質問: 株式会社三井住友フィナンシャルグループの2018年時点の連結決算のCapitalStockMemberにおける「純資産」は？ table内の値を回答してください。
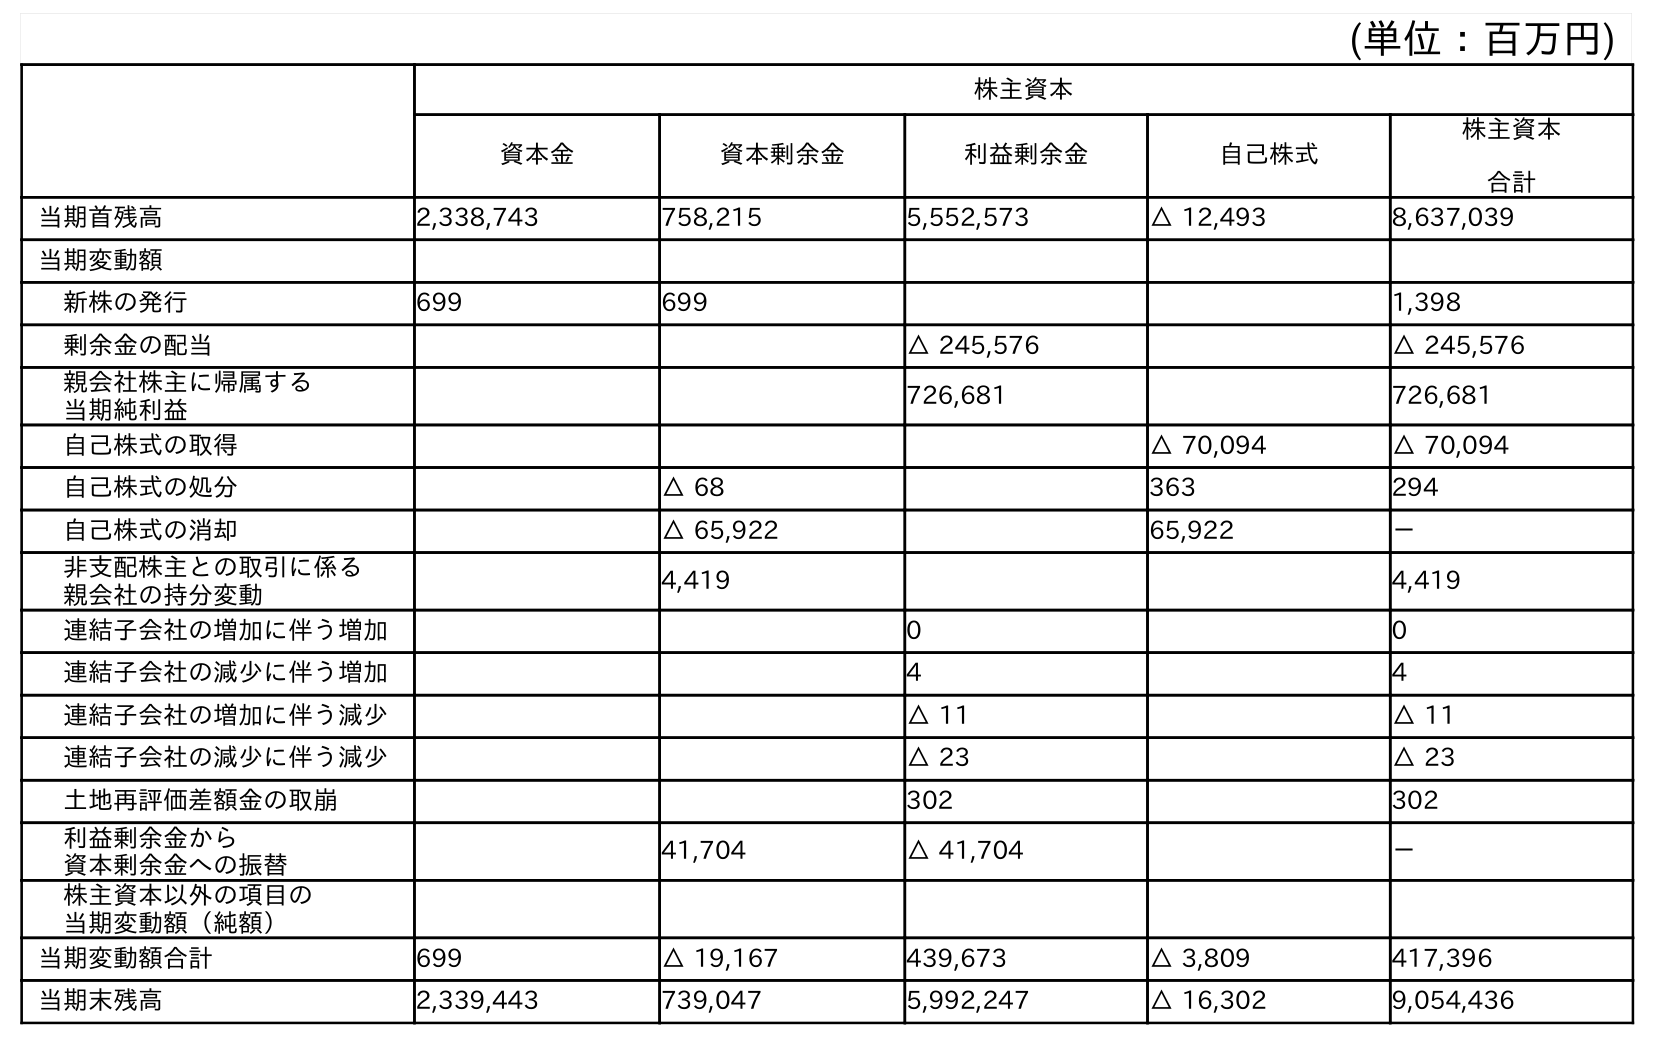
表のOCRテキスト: (単位：百万円) 株主資本 資本金 資本剰余金 利益剰余金 自己株式 株主資本 合計 当期首残高 2,338,743 758,215 5,552,573 △ 12,493 8,637,039 当期変動額 新株の発行 699 699 1,398 剰余金の配当 △ 245,576 △ 245,576 親会社株主に帰属する 当期純利益 726,681 726,681 自己株式の取得 △ 70,094 △ 70,094 自己株式の処分 △ 68 363 294 自己株式の消却 △ 65,922 65,922 － 非支配株主との取引に係る 親会社の持分変動 4,419 4,419 連結子会社の増加に伴う増加 0 0 連結子会社の減少に伴う増加 4 4 連結子会社の増加に伴う減少 △ 11 △ 11 連結子会社の減少に伴う減少 △ 23 △ 23 土地再評価差額金の取崩 302 302 利益剰余金から 資本剰余金への振替 41,704 △ 41,704 － 株主資本以外の項目の 当期変動額（純額） 当期変動額合計 699 △ 19,167 439,673 △ 3,809 417,396 当期末残高 2,339,443 739,047 5,992,247 △ 16,302 9,054,436
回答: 2,338,743